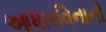
આધારવિનાની